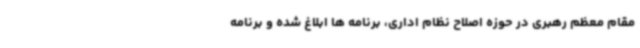
مقام معظم رهبری در حوزه اصلاح نظام اداری، برنامه ها ابلاغ شده و برنامه